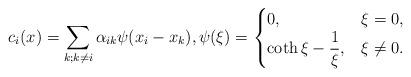
LaTeX: \begin{align*}c_i(x)=\sum_{k;k\neq i}\alpha_{ik}\psi(x_i-x_k),\psi(\xi)=\begin{cases}0,& \xi=0,\\\coth\xi-\dfrac{1}\xi,&\xi\neq 0.\end{cases}\end{align*}